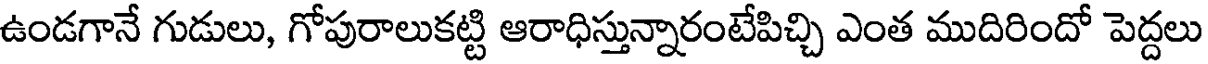
ఉండగానే గుడులు, గోపురాలుకట్టి ఆరాధిస్తున్నారంటేపిచ్చి ఎంత ముదిరిందో పెద్దలు